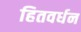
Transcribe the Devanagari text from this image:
हितवर्धन